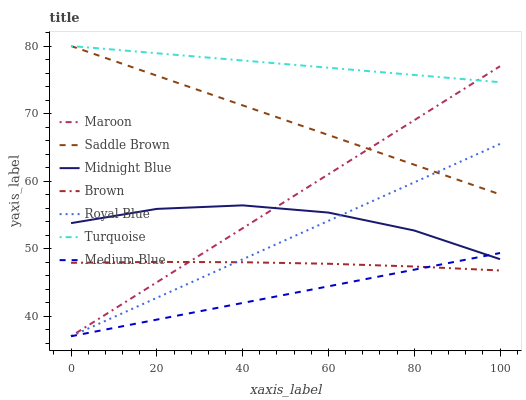
| xaxis_label | Maroon | Saddle Brown | Midnight Blue | Brown | Royal Blue | Turquoise | Medium Blue |
 | --- | --- | --- | --- | --- | --- | --- | --- |
 | 0 | 37 | 80 | 53.8 | 47.9 | 37 | 80 | 37 |
 | 20 | 45 | 75.6 | 55.9 | 48 | 42.7 | 78.9 | 39.5 |
 | 40 | 53 | 71.2 | 56.4 | 48 | 48.4 | 77.9 | 41.9 |
 | 60 | 61 | 66.8 | 55.3 | 47.7 | 54.1 | 76.8 | 44.4 |
 | 80 | 69 | 62.4 | 52.7 | 47.3 | 59.8 | 75.7 | 46.9 |
 | 100 | 77 | 58 | 48.4 | 46.7 | 65.5 | 74.6 | 49.3 |